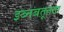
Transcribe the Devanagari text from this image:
इब्नबतूतता